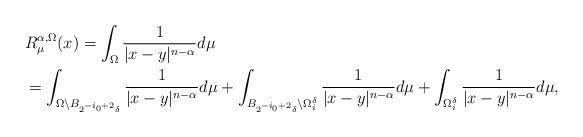
\begin{align*}\aligned& R^{\alpha, \Omega}_\mu (x) = \int_\Omega \frac 1{|x - y|^{n-\alpha}} d\mu\\& = \int_{\Omega\setminus B_{2^{-i_0+2}\delta} } \frac 1{|x - y|^{n-\alpha}} d\mu + \int_{B_{2^{-i_0+2}\delta} \setminus \Omega^\delta_i} \frac 1{|x - y|^{n-\alpha}} d\mu + \int_{\Omega^\delta_i} \frac 1{|x - y|^{n-\alpha}} d\mu,\endaligned\end{align*}